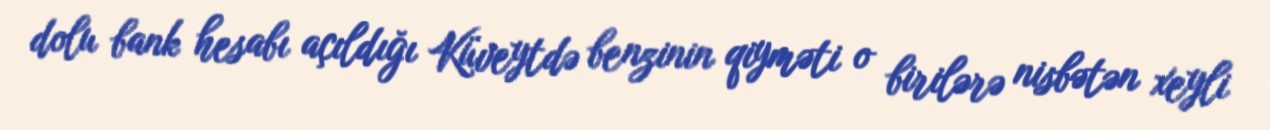
dolu bank hesabı açıldığı Küveytdə benzinin qiyməti o birilərə nisbətən xeyli